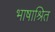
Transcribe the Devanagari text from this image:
भाषाश्रित